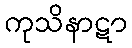
ကုသိနာဋာ